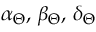
\alpha _ { \Theta } , \, \beta _ { \Theta } , \, \delta _ { \Theta }